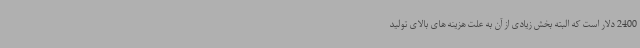
2400 دلار است که البته بخش زیادی از آن به علت هزینه های بالای تولید